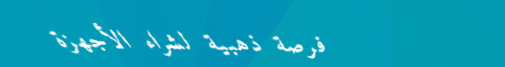
فرصة ذهبية لشراء الأجهزة